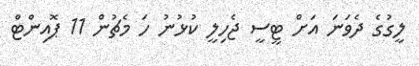
ލީގުގެ ދެވަނަ އަށް ޓީސީ ޖެހިލީ ކުޅުނު ހަ މެޗުން 11 ޕޮއިންޓް